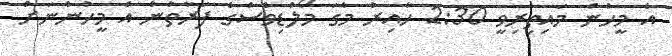
އެ މީހުން މައިތިރިވީ 2:30 ހާއިރު މެގަ މޯލްޑިވްސްގެ ފަރާތުން އެ މީހުންނަށް